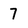
Character: 7